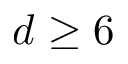
d \ge 6